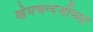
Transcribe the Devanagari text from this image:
खेमचन्दजींच्या